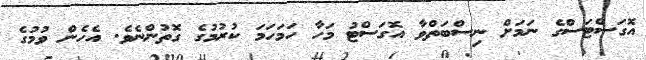
އޮގަސްޓަސްގެ ނަމަށް ނިސްބަތްވާ އޮގަސްޓު މަހާ ހަމަހަމަ ކުރުމުގެ ގޮތުންނެވެ. އެހެން ވުމުގެ